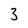
Character: 3